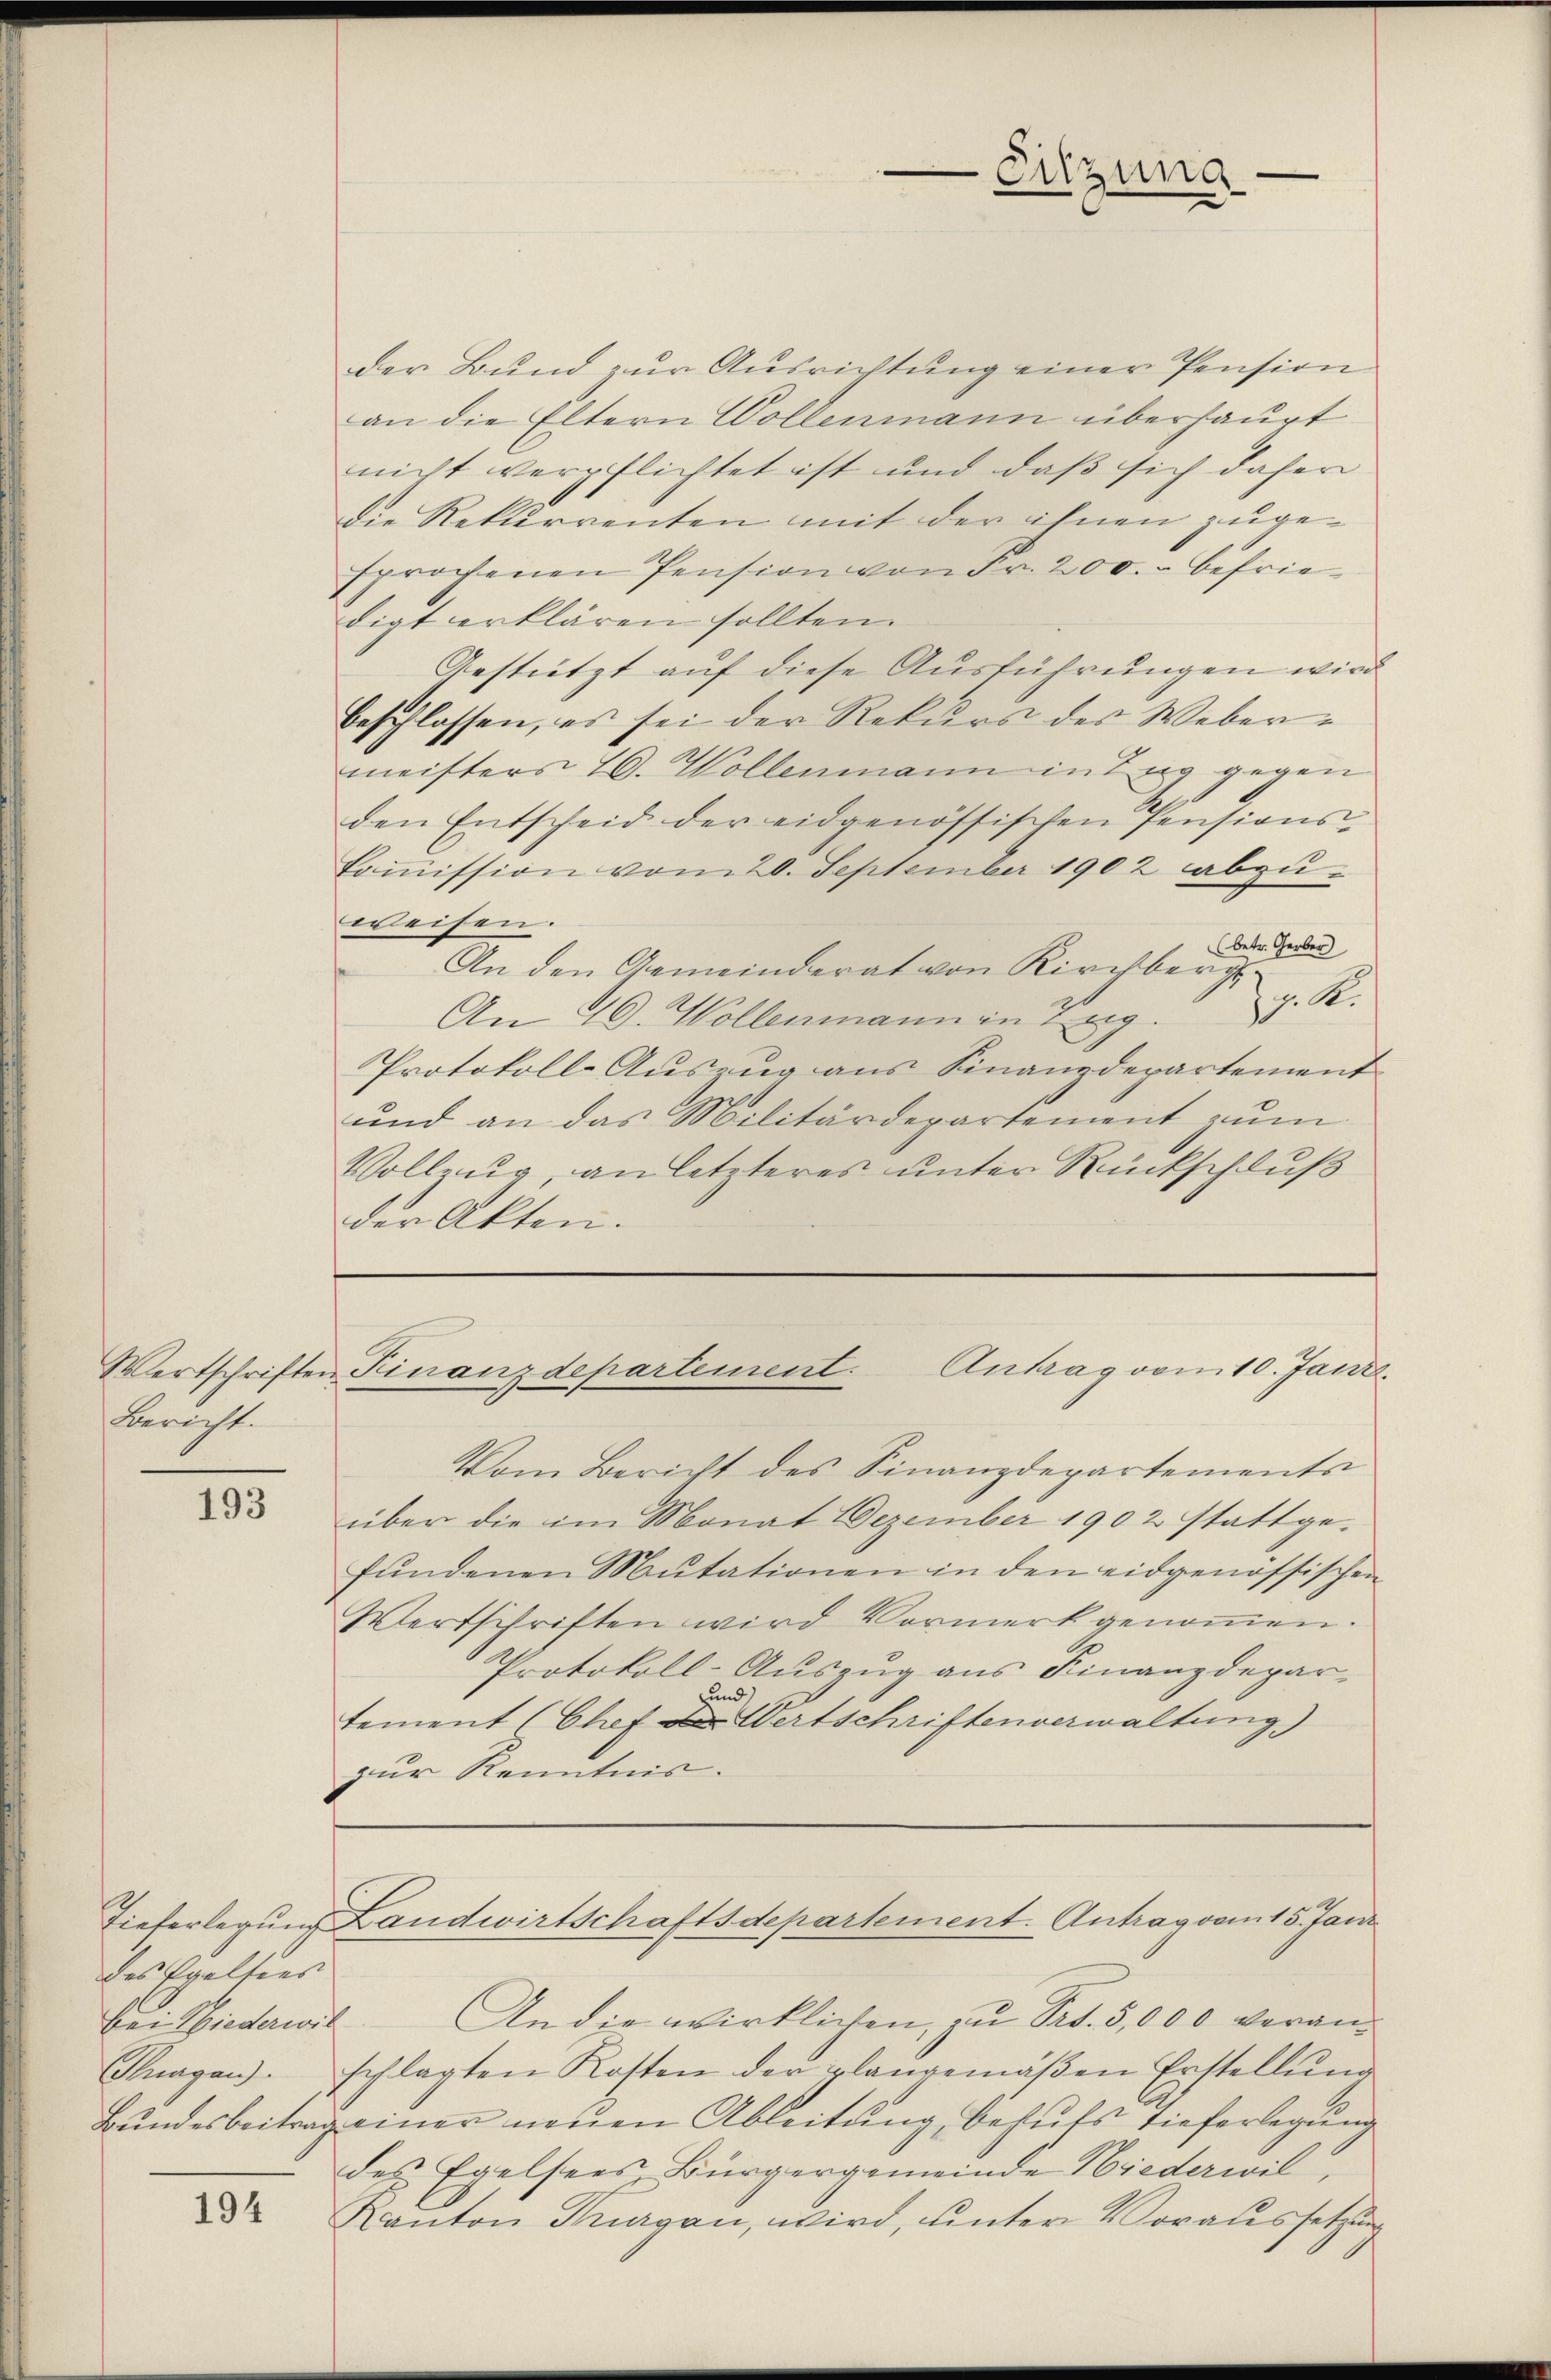
Bericht.

193

194

des Egelsens

der Bund zur Ausrichtung einer Pension
an die Eltern Vollenmann überhaupt
nicht verpflichtet ist und daß sich daher
die Rekurrenten mit der ihnen zugesprochenen Pension von Fr. 200.- befriedigt erklären sollten.
Gestützt auf diese Ausführungen wird
beschlossen, es sei der Rekurs des Webermeisters 19. Wollenmann in Zug gegen
den Entscheid der eidgenössischen Pensions-
Coṁission vom 20. September 1902 abzuweisen.
(betr. Gerber
An den Gemeinderat von Kirchberg.
z. R.
An 10. Wollenmann in Zug.
Protokoll-Auszug aus Finanzdepartement
und an das Militärdepartement zum
Vollzug, an letzteres unter Rückschluß
der Akten.

Wertschriften Finanzdepartement. Antrag vom 10. Janr.

Entzung

Vom Bericht des Finanzdepartements
über die im Monat Dezember 1902 stattgefŭndenen Mutationen in den eidgenössischen
Wertschriften wird Vormerk genoṁen.
Protokoll-Auszug aus Finanzdepar-
und
tement (Chef der Wertschriftenverwaltung)
zur Kenntnis.

Tieferlegung Landwirtschaftsdepartement. Antrag vom 15. Jani
bei Wiederwil. An die wirklichen, zu Prt. 5,000 veran¬

Thagen. schlagten Kosten der plangemäβen Erstellŭng
Bundesbeitrag einer neuen Ableitung, behuts Tieferlegung
des Egelsees, Bürgergemeinde Niederwil,
Kanton Tragan, wird, unter Voraussetzung